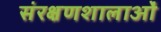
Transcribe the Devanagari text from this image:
संरक्षणशालाओं